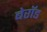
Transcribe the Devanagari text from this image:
बेरॉड